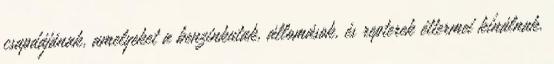
csapdájának, amelyeket a benzinkutak, állomások, és repterek éttermei kínálnak.